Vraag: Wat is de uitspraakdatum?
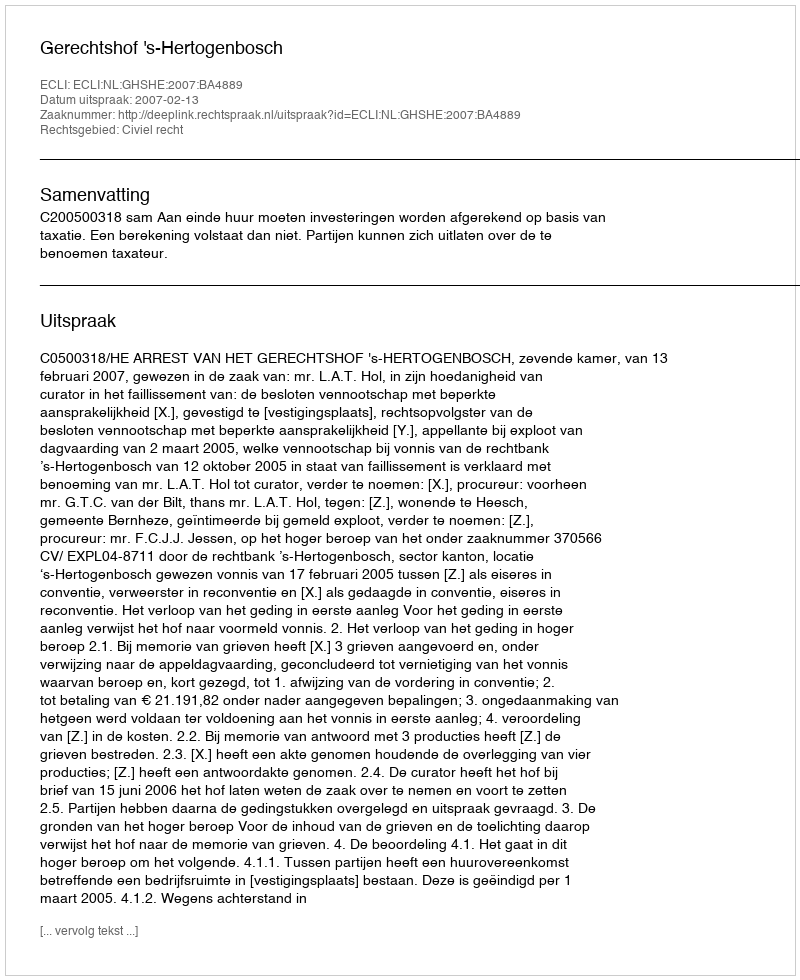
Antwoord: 2007-02-13